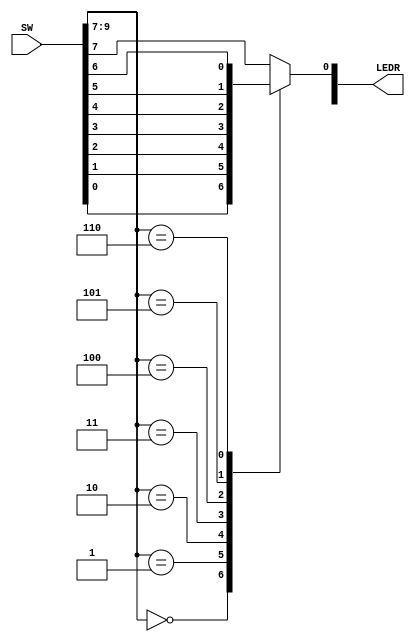
// Verilog code for a 7-to-1 Multiplexer using always block and if statements. 

module mux(SW, LEDR);
	input [9:0]SW;
	output [1:0]LEDR;
	
	reg Out;
	
	always @(*)   // decalring the always block
	begin
		case (SW[9:7])  // Selects assigned to switches 9 to 7
			3'b000: Out = SW[0]; // Case 0
			3'b001: Out = SW[1];	// Case 1
			3'b010: Out = SW[2]; // Case 2
			3'b011: Out = SW[3]; // Case 3
			3'b100: Out = SW[4]; // Case 4
			3'b101: Out = SW[5]; // Case 5
			3'b110: Out = SW[6]; // Case 6
			default: Out = SW[7];
		endcase
	end
	assign LEDR[0] = Out;

endmodule